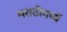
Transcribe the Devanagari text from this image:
मराठीमध्यें